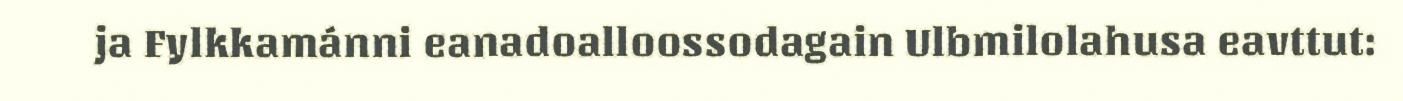
ja Fylkkamánni eanadoalloossodagain Ulbmilolahusa eavttut: